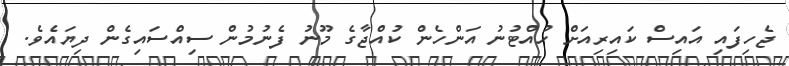
ޖެހިފައި އައިސް ކައިރިއަށް ހުއްޓުނު އަންހެން ކުއްޖާގެ މޫނު ފެނުމުން ސިއްސައިގެން ދިޔައެވެ.